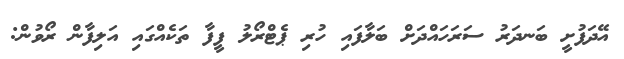
އޭދަފުށީ ބަނދަރު ސަރަހައްދަށް ބަލާފައި ހުރި ޕެޓްރޯލު ފީފާ ތަކެއްގައި އަލިފާން ރޯވުން: